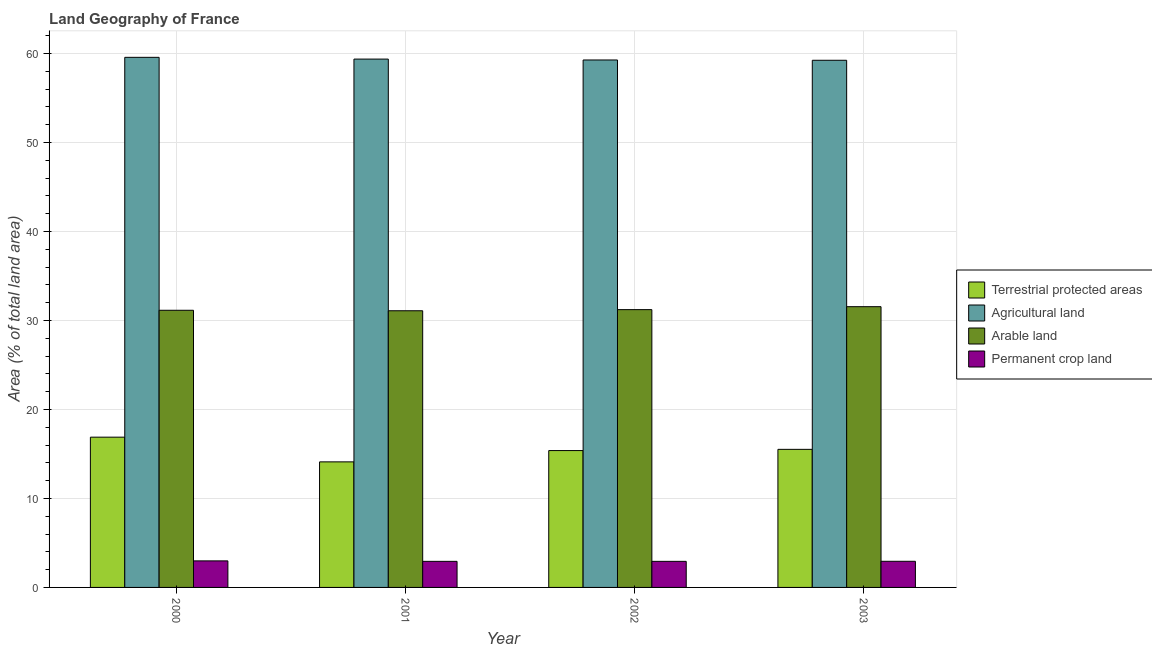
| Year | Terrestrial protected areas | Agricultural land | Arable land | Permanent crop land |
 | --- | --- | --- | --- | --- |
 | 2000 | 16.9 | 59.6 | 31.1 | 2.98 |
 | 2001 | 14.1 | 59.4 | 31.1 | 2.93 |
 | 2002 | 15.4 | 59.3 | 31.2 | 2.93 |
 | 2003 | 15.5 | 59.2 | 31.6 | 2.94 |